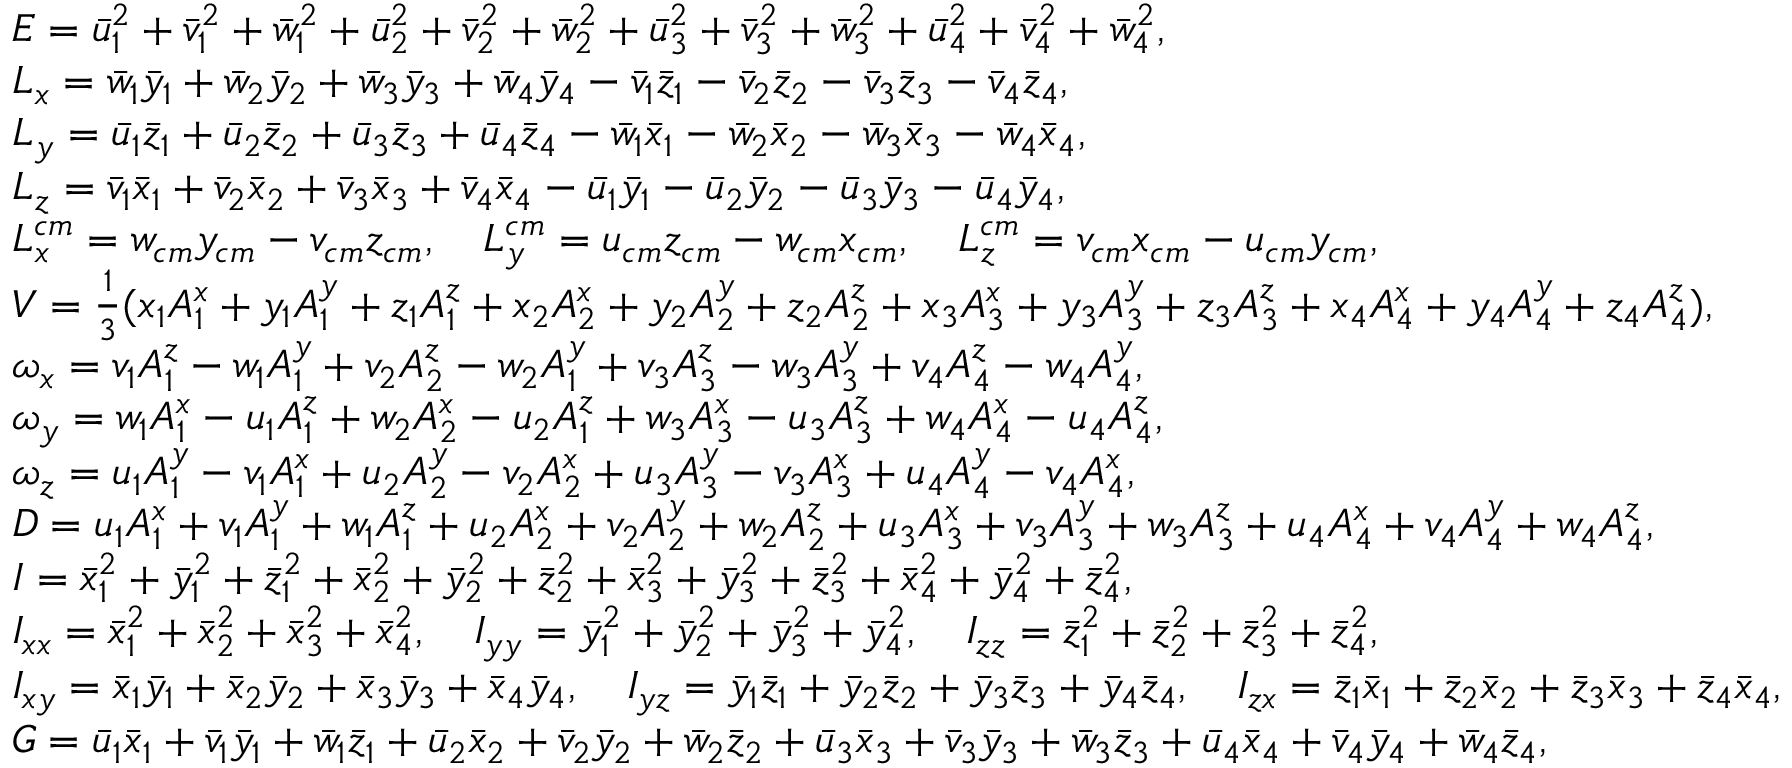
\begin{array} { r l } & { E = \Bar { u } _ { 1 } ^ { 2 } + \Bar { v } _ { 1 } ^ { 2 } + \Bar { w } _ { 1 } ^ { 2 } + \Bar { u } _ { 2 } ^ { 2 } + \Bar { v } _ { 2 } ^ { 2 } + \Bar { w } _ { 2 } ^ { 2 } + \Bar { u } _ { 3 } ^ { 2 } + \Bar { v } _ { 3 } ^ { 2 } + \Bar { w } _ { 3 } ^ { 2 } + \Bar { u } _ { 4 } ^ { 2 } + \Bar { v } _ { 4 } ^ { 2 } + \Bar { w } _ { 4 } ^ { 2 } , } \\ & { L _ { x } = \Bar { w } _ { 1 } \Bar { y } _ { 1 } + \Bar { w } _ { 2 } \Bar { y } _ { 2 } + \Bar { w } _ { 3 } \Bar { y } _ { 3 } + \Bar { w } _ { 4 } \Bar { y } _ { 4 } - \Bar { v } _ { 1 } \Bar { z } _ { 1 } - \Bar { v } _ { 2 } \Bar { z } _ { 2 } - \Bar { v } _ { 3 } \Bar { z } _ { 3 } - \Bar { v } _ { 4 } \Bar { z } _ { 4 } , } \\ & { L _ { y } = \Bar { u } _ { 1 } \Bar { z } _ { 1 } + \Bar { u } _ { 2 } \Bar { z } _ { 2 } + \Bar { u } _ { 3 } \Bar { z } _ { 3 } + \Bar { u } _ { 4 } \Bar { z } _ { 4 } - \Bar { w } _ { 1 } \Bar { x } _ { 1 } - \Bar { w } _ { 2 } \Bar { x } _ { 2 } - \Bar { w } _ { 3 } \Bar { x } _ { 3 } - \Bar { w } _ { 4 } \Bar { x } _ { 4 } , } \\ & { L _ { z } = \Bar { v } _ { 1 } \Bar { x } _ { 1 } + \Bar { v } _ { 2 } \Bar { x } _ { 2 } + \Bar { v } _ { 3 } \Bar { x } _ { 3 } + \Bar { v } _ { 4 } \Bar { x } _ { 4 } - \Bar { u } _ { 1 } \Bar { y } _ { 1 } - \Bar { u } _ { 2 } \Bar { y } _ { 2 } - \Bar { u } _ { 3 } \Bar { y } _ { 3 } - \Bar { u } _ { 4 } \Bar { y } _ { 4 } , } \\ & { L _ { x } ^ { c m } = w _ { c m } y _ { c m } - v _ { c m } z _ { c m } , \quad L _ { y } ^ { c m } = u _ { c m } z _ { c m } - w _ { c m } x _ { c m } , \quad L _ { z } ^ { c m } = v _ { c m } x _ { c m } - u _ { c m } y _ { c m } , } \\ & { V = \frac { 1 } { 3 } ( x _ { 1 } A _ { 1 } ^ { x } + y _ { 1 } A _ { 1 } ^ { y } + z _ { 1 } A _ { 1 } ^ { z } + x _ { 2 } A _ { 2 } ^ { x } + y _ { 2 } A _ { 2 } ^ { y } + z _ { 2 } A _ { 2 } ^ { z } + x _ { 3 } A _ { 3 } ^ { x } + y _ { 3 } A _ { 3 } ^ { y } + z _ { 3 } A _ { 3 } ^ { z } + x _ { 4 } A _ { 4 } ^ { x } + y _ { 4 } A _ { 4 } ^ { y } + z _ { 4 } A _ { 4 } ^ { z } ) , } \\ & { \omega _ { x } = v _ { 1 } A _ { 1 } ^ { z } - w _ { 1 } A _ { 1 } ^ { y } + v _ { 2 } A _ { 2 } ^ { z } - w _ { 2 } A _ { 1 } ^ { y } + v _ { 3 } A _ { 3 } ^ { z } - w _ { 3 } A _ { 3 } ^ { y } + v _ { 4 } A _ { 4 } ^ { z } - w _ { 4 } A _ { 4 } ^ { y } , } \\ & { \omega _ { y } = w _ { 1 } A _ { 1 } ^ { x } - u _ { 1 } A _ { 1 } ^ { z } + w _ { 2 } A _ { 2 } ^ { x } - u _ { 2 } A _ { 1 } ^ { z } + w _ { 3 } A _ { 3 } ^ { x } - u _ { 3 } A _ { 3 } ^ { z } + w _ { 4 } A _ { 4 } ^ { x } - u _ { 4 } A _ { 4 } ^ { z } , } \\ & { \omega _ { z } = u _ { 1 } A _ { 1 } ^ { y } - v _ { 1 } A _ { 1 } ^ { x } + u _ { 2 } A _ { 2 } ^ { y } - v _ { 2 } A _ { 2 } ^ { x } + u _ { 3 } A _ { 3 } ^ { y } - v _ { 3 } A _ { 3 } ^ { x } + u _ { 4 } A _ { 4 } ^ { y } - v _ { 4 } A _ { 4 } ^ { x } , } \\ & { D = u _ { 1 } A _ { 1 } ^ { x } + v _ { 1 } A _ { 1 } ^ { y } + w _ { 1 } A _ { 1 } ^ { z } + u _ { 2 } A _ { 2 } ^ { x } + v _ { 2 } A _ { 2 } ^ { y } + w _ { 2 } A _ { 2 } ^ { z } + u _ { 3 } A _ { 3 } ^ { x } + v _ { 3 } A _ { 3 } ^ { y } + w _ { 3 } A _ { 3 } ^ { z } + u _ { 4 } A _ { 4 } ^ { x } + v _ { 4 } A _ { 4 } ^ { y } + w _ { 4 } A _ { 4 } ^ { z } , } \\ & { I = \Bar { x } _ { 1 } ^ { 2 } + \Bar { y } _ { 1 } ^ { 2 } + \Bar { z } _ { 1 } ^ { 2 } + \Bar { x } _ { 2 } ^ { 2 } + \Bar { y } _ { 2 } ^ { 2 } + \Bar { z } _ { 2 } ^ { 2 } + \Bar { x } _ { 3 } ^ { 2 } + \Bar { y } _ { 3 } ^ { 2 } + \Bar { z } _ { 3 } ^ { 2 } + \Bar { x } _ { 4 } ^ { 2 } + \Bar { y } _ { 4 } ^ { 2 } + \Bar { z } _ { 4 } ^ { 2 } , } \\ & { I _ { x x } = \Bar { x } _ { 1 } ^ { 2 } + \Bar { x } _ { 2 } ^ { 2 } + \Bar { x } _ { 3 } ^ { 2 } + \Bar { x } _ { 4 } ^ { 2 } , \quad I _ { y y } = \Bar { y } _ { 1 } ^ { 2 } + \Bar { y } _ { 2 } ^ { 2 } + \Bar { y } _ { 3 } ^ { 2 } + \Bar { y } _ { 4 } ^ { 2 } , \quad I _ { z z } = \Bar { z } _ { 1 } ^ { 2 } + \Bar { z } _ { 2 } ^ { 2 } + \Bar { z } _ { 3 } ^ { 2 } + \Bar { z } _ { 4 } ^ { 2 } , } \\ & { I _ { x y } = \Bar { x } _ { 1 } \Bar { y } _ { 1 } + \Bar { x } _ { 2 } \Bar { y } _ { 2 } + \Bar { x } _ { 3 } \Bar { y } _ { 3 } + \Bar { x } _ { 4 } \Bar { y } _ { 4 } , \quad I _ { y z } = \Bar { y } _ { 1 } \Bar { z } _ { 1 } + \Bar { y } _ { 2 } \Bar { z } _ { 2 } + \Bar { y } _ { 3 } \Bar { z } _ { 3 } + \Bar { y } _ { 4 } \Bar { z } _ { 4 } , \quad I _ { z x } = \Bar { z } _ { 1 } \Bar { x } _ { 1 } + \Bar { z } _ { 2 } \Bar { x } _ { 2 } + \Bar { z } _ { 3 } \Bar { x } _ { 3 } + \Bar { z } _ { 4 } \Bar { x } _ { 4 } , } \\ & { G = \Bar { u } _ { 1 } \Bar { x } _ { 1 } + \Bar { v } _ { 1 } \Bar { y } _ { 1 } + \Bar { w } _ { 1 } \Bar { z } _ { 1 } + \Bar { u } _ { 2 } \Bar { x } _ { 2 } + \Bar { v } _ { 2 } \Bar { y } _ { 2 } + \Bar { w } _ { 2 } \Bar { z } _ { 2 } + \Bar { u } _ { 3 } \Bar { x } _ { 3 } + \Bar { v } _ { 3 } \Bar { y } _ { 3 } + \Bar { w } _ { 3 } \Bar { z } _ { 3 } + \Bar { u } _ { 4 } \Bar { x } _ { 4 } + \Bar { v } _ { 4 } \Bar { y } _ { 4 } + \Bar { w } _ { 4 } \Bar { z } _ { 4 } , } \end{array}